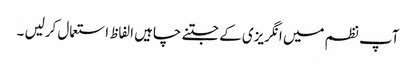
آپ نظم میں انگریزی کے جتنے چاہیں الفاظ استعمال کرلیں ۔